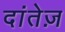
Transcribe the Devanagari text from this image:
दांतेज़